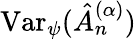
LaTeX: \mathrm{Var}_{\psi}(\hat{A}_{n}^{(\alpha)})